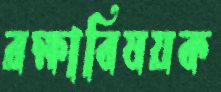
রক্ষাবিষয়ক